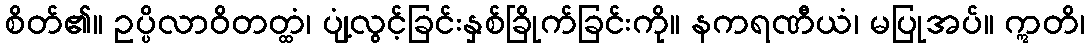
စိတ်၏။ ဥပ္ပိလာဝိတတ္ထံ၊ ပျံ့လွင့်ခြင်းနှစ်ခြိုက်ခြင်းကို။ နကရဏီယံ၊ မပြုအပ်။ ဣတိ၊